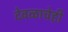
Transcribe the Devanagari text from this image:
देवळाचेही